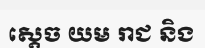
ស្តេច យម រាជ និង